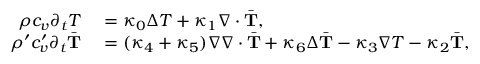
\begin{array} { r l } { \rho c _ { v } \partial _ { t } T } & { { } = \kappa _ { 0 } \Delta T + \kappa _ { 1 } \nabla \cdot \bar { \mathbf T } , } \\ { \rho ^ { \prime } c _ { v } ^ { \prime } \partial _ { t } \bar { \mathbf T } } & { { } = ( \kappa _ { 4 } + \kappa _ { 5 } ) \nabla \nabla \cdot \bar { \mathbf T } + \kappa _ { 6 } \Delta \bar { \mathbf T } - \kappa _ { 3 } \nabla T - \kappa _ { 2 } \bar { \mathbf T } , } \end{array}